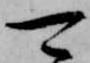
可